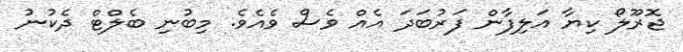
ޖޮރޫލޯ ކިޔާ އަލިފާން ފަރުބަދަ އެއް ވެސް ވެއެވެ. މިބުނި ބެލްްޓް ދެކުނު